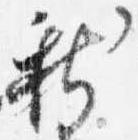
新